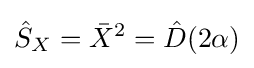
{\hat {S}}_{X}={\bar {X}}^{2}={\hat {D}}(2\alpha )